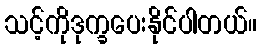
သင့်ကိုဒုက္ခပေးနိုင်ပါတယ်။